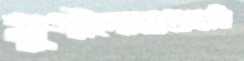
যুগীপোতাগুছবি